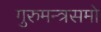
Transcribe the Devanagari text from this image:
गुरुमन्त्रसमो